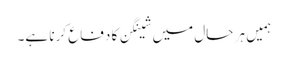
ہمیں ہر حال میں شینگن کا دفاع کرنا ہے۔